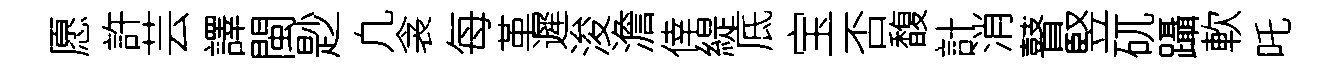
愿許芸譯閩尟凢衾每革遲浚澹倖緹底宝否馥計消瞽竪矹躡軟吒